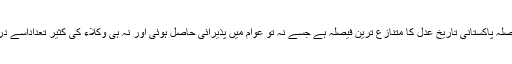
آج بھی پانچ رکنی بنچ کا فیصلہ پاکستانی تاریخِ عدل کا متنازع ترین فیصلہ ہے جسے نہ تو عوام میں پذیرائی حاصل ہوئی اور نہ ہی وکلاء کی کثیر تعداداِسے درست فیصلہ تسلیم کرتی ہے۔